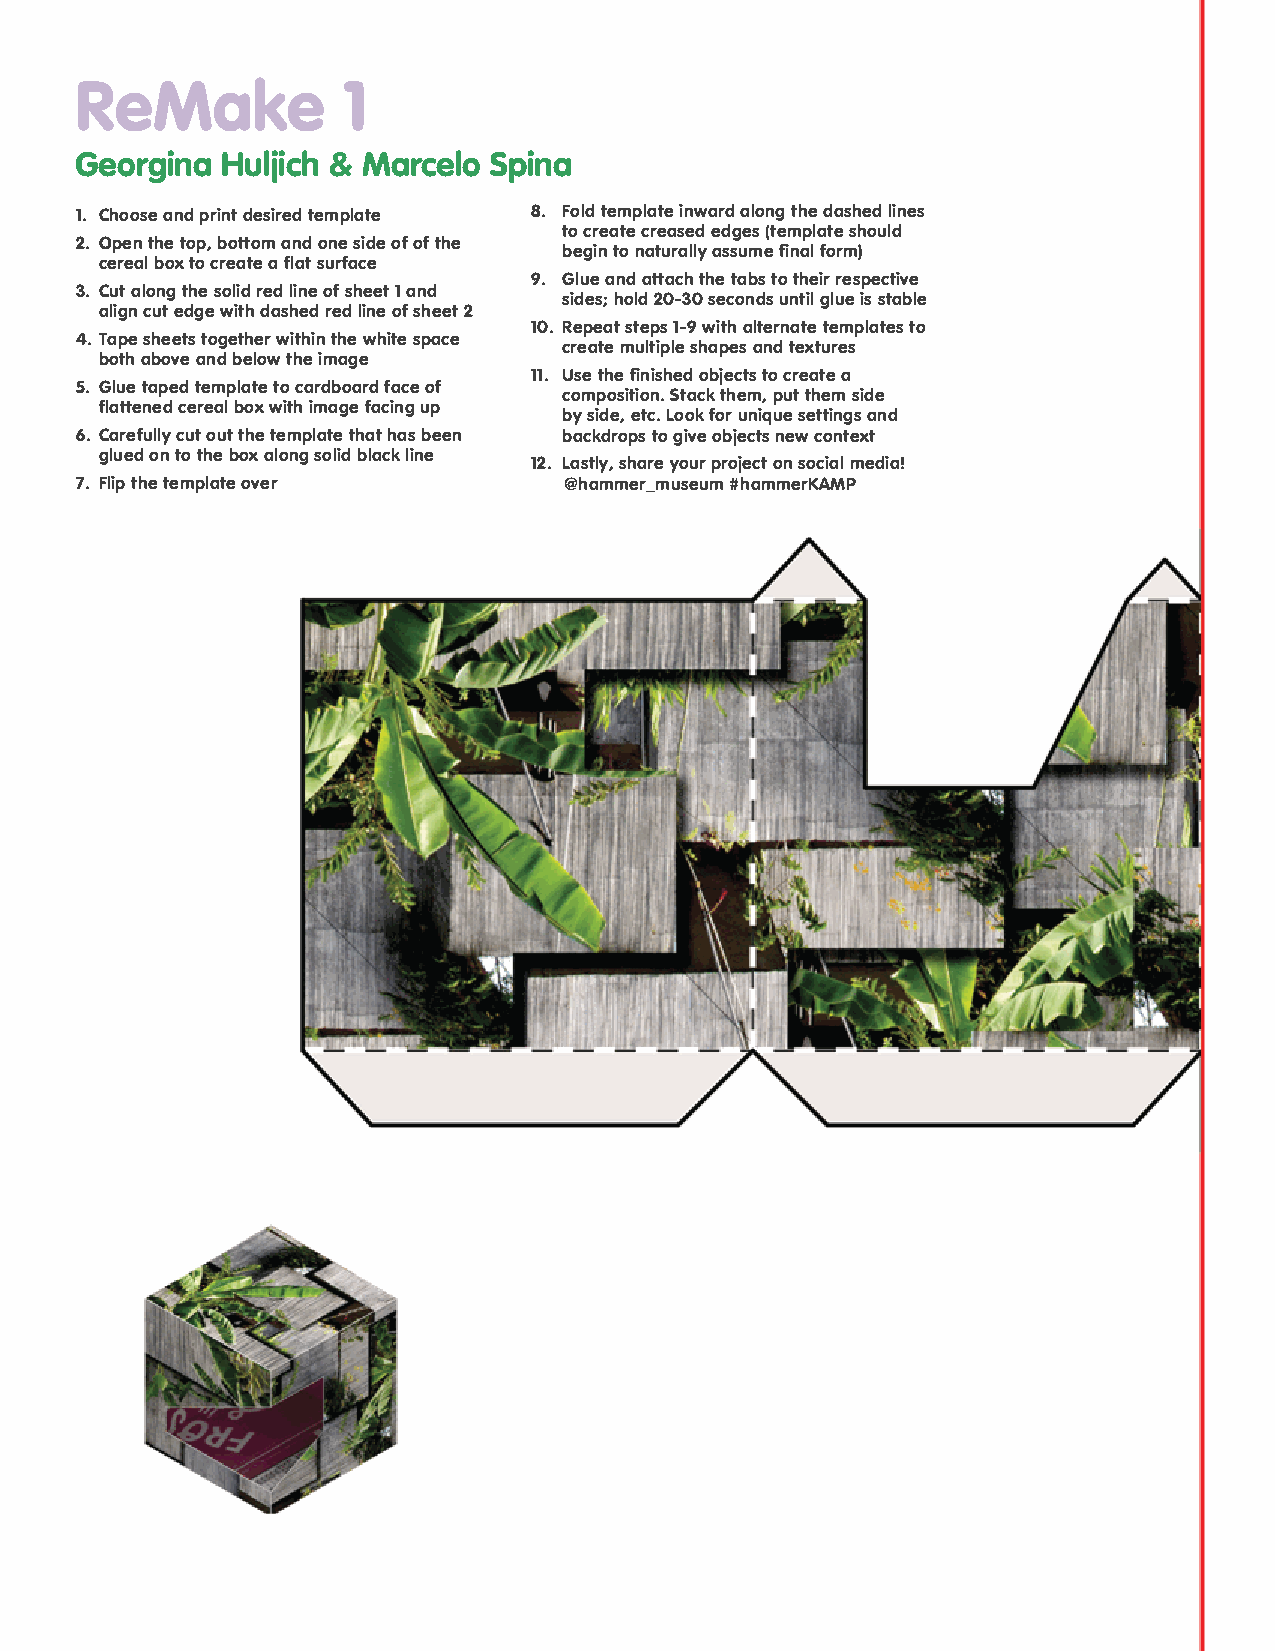
ReMake            1
 Georgina  Huljich & Marcelo Spina
 1. Choose and print desired template 8. Fold template inward along the dashed lines
 to create creased edges (template should
 2. Open the top, bottom and one side of of the
 begin to naturally assume final form)
 cereal box to create a flat surface
 9. Glue and attach the tabs to their respective
 3. Cut along the solid red line of sheet 1 and
 sides; hold 20-30 seconds until glue is stable
 align cut edge with dashed red line of sheet 2
 10. Repeat steps 1-9 with alternate templates to
 4. Tape sheets together within the white space
 create multiple shapes and textures
 both above and below the image
 11. Use the finished objects to create a
 5. Glue taped template to cardboard face of
 composition. Stack them, put them side
 flattened cereal box with image facing up
 by side, etc. Look for unique settings and
 6. Carefully cut out the template that has been backdrops to give objects new context
 glued on to the box along solid black line
 12. Lastly, share your project on social media!
 7. Flip the template over       @hammer_museum #hammerKAMP